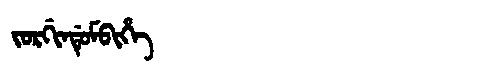
Manchu: ᠵᠣᡵᡤᡳᠨᡩᡠᠮᠪᡳᡥᡝ
Romanization: JORGINDUMBIHE